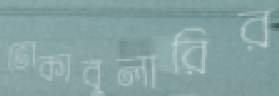
ভোকাবুলারির